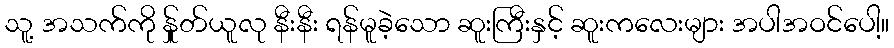
သူ့ အသက်ကို န်ှုတ်ယူလု နီးနီး ရန်မူခဲ့သော ဆူးကြီးနှင့် ဆူးကလေးများ အပါအဝင်ပေါ့။